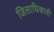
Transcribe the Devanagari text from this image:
जिलाघिकारी